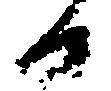
日